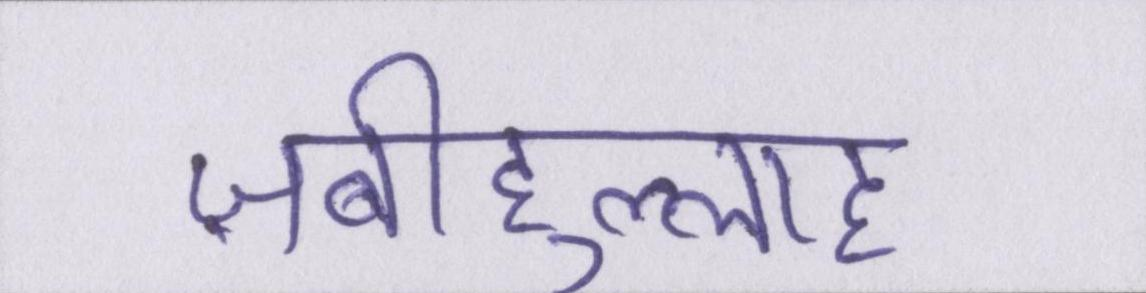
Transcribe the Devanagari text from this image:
ज़बीहुल्लाह